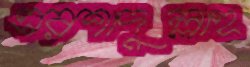
এরশাদুল্লাহ